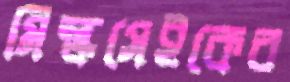
মিল্কসেইকের